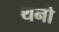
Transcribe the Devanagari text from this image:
थनो